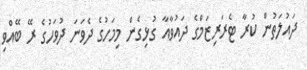
ދައުލަތުން ކުރާ ޓެރަރިޒަމްގެ ދައުވާއާ ގުޅިގެން މިމަހުގެ ދެވަނަ ދުވަހުގެ ރޭ ބޭއްވި